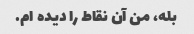
بله، من آن نقاط را دیده ام.